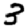
Digit: 3